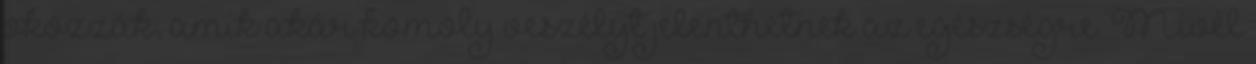
okozzák, amik akár komoly veszélyt jelenthetnek az egészségre. Mivel